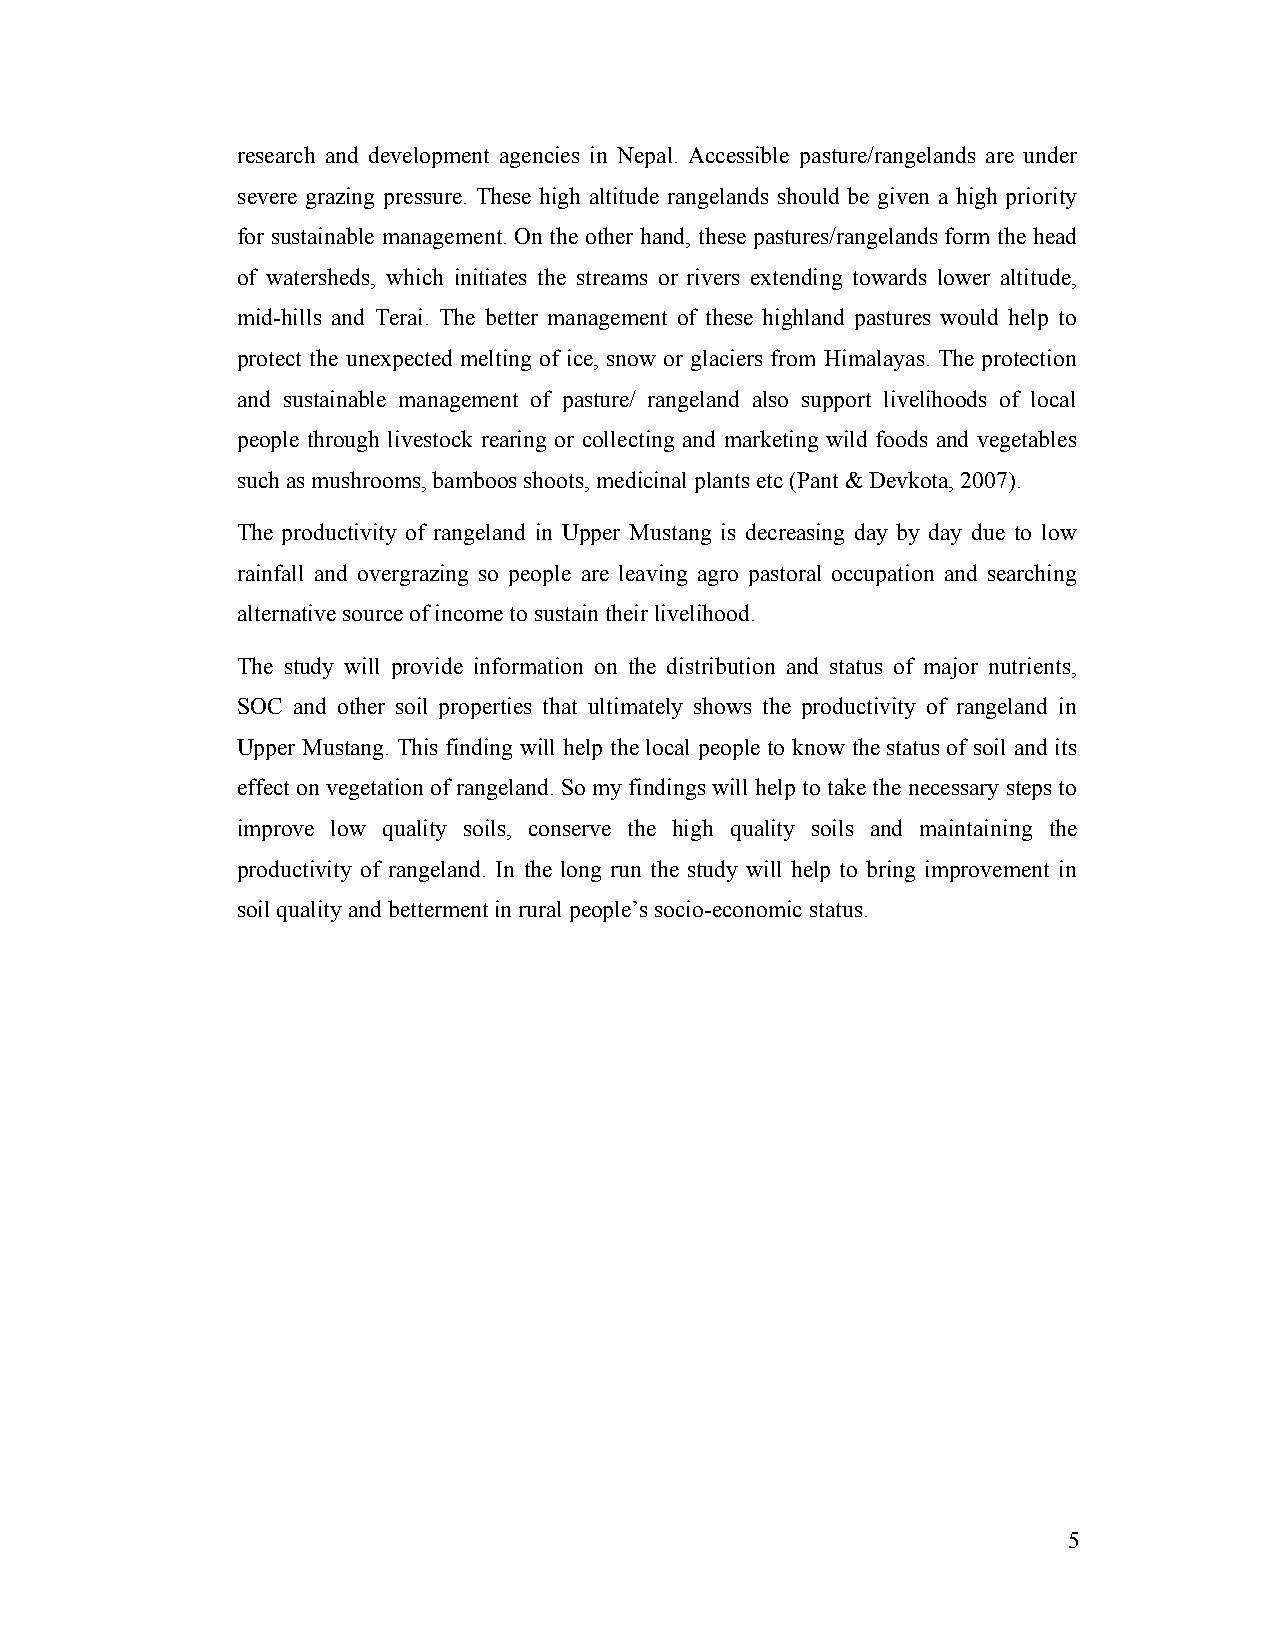
research and development agencies in Nepal. Accessible pasture/rangelands are under
 severe grazing pressure. These high altitude rangelands should be given a high priority
 for sustainable management. On the other hand, these pastures/rangelands form the head
 of watersheds, which initiates the streams or rivers extending towards lower altitude,
 mid-hills and Terai. The better management of these highland pastures would help to
 protect the unexpected melting of ice, snow or glaciers from Himalayas. The protection
 and sustainable management of pasture/ rangeland also support livelihoods of local
 people through livestock rearing or collecting and marketing wild foods and vegetables
 such as mushrooms, bamboos shoots, medicinal plants etc (Pant & Devkota, 2007).
 The productivity of rangeland in Upper Mustang is decreasing day by day due to low
 rainfall and overgrazing so people are leaving agro pastoral occupation and searching
 alternative source of income to sustain their livelihood.
 The study will provide information on the distribution and status of major nutrients,
 SOC and other soil properties that ultimately shows the productivity of rangeland in
 Upper Mustang. This finding will help the local people to know the status of soil and its
 effect on vegetation of rangeland. So my findings will help to take the necessary steps to
 improve low quality soils, conserve the high quality soils and maintaining the
 productivity of rangeland. In the long run the study will help to bring improvement in
 soil quality and betterment in rural people’s socio-economic status.
 5